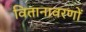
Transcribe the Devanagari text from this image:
वितानावरणों